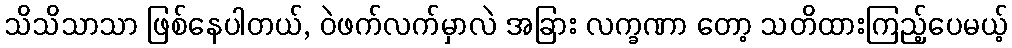
သိသိသာသာ ဖြစ်နေပါတယ်, ဝဲဖက်လက်မှာလဲ အခြား လက္ခဏာ တော့ သတိထားကြည့်ပေမယ့်